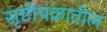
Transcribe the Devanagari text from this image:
सृष्टीचक्रातील